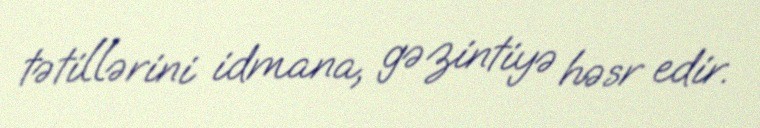
tətillərini idmana, gəzintiyə həsr edir.